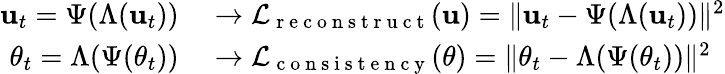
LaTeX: \begin{array}{rl}{\mathbf{u}_{t}=\Psi(\Lambda(\mathbf{u}_{t}))}&{{}\rightarrow\mathcal{L}_{\mathrm{~r~e~c~o~n~s~t~r~u~c~t~}}(\mathbf{u})=\| \mathbf{u}_{t}-\Psi(\Lambda(\mathbf{u}_{t}))\| ^{2}}\\ {\theta_{t}=\Lambda(\Psi(\theta_{t}))}&{{}\rightarrow\mathcal{L}_{\mathrm{~c~o~n~s~i~s~t~e~n~c~y~}}(\theta)=\| \theta_{t}-\Lambda(\Psi(\theta_{t}))\| ^{2}}\end{array}